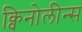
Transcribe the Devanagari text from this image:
क्विनोलीन्स